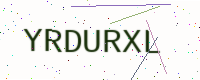
Text: YRDURXL